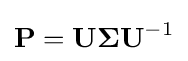
\mathbf {P} =\mathbf {U\Sigma U} ^{-1}